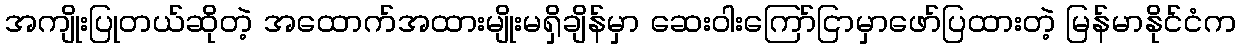
အကျိုးပြုတယ်ဆိုတဲ့ အထောက်အထားမျိုးမရှိချိန်မှာ ဆေးဝါးကြော်ငြာမှာဖော်ပြထားတဲ့ မြန်မာနိုင်ငံက